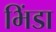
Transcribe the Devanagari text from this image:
भिंडा